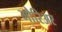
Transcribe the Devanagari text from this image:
मौरिअर